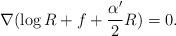
LaTeX: \begin{align*}\nabla(\log R+f+\frac{\alpha'}{2}R)=0.\end{align*}